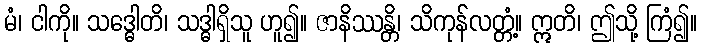
မံ၊ ငါကို။ သဒ္ဓေါတိ၊ သဒ္ဓါရှိသူ ဟူ၍။ ဇာနိဿန္တိ၊ သိကုန်လတ္တံ့။ ဣတိ၊ ဤသို့ ကြံ၍။